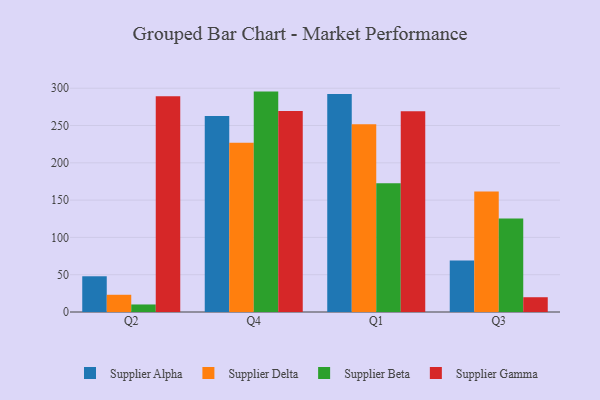
{"axis": {"x": "Quarter", "y": "Gross Profit (USD K)"}, "legend": ["Supplier Alpha", "Supplier Beta", "Supplier Delta", "Supplier Gamma"], "data": [{"x": "Q2", "y": 47.9, "type": "Supplier Alpha"}, {"x": "Q2", "y": 23.1, "type": "Supplier Delta"}, {"x": "Q2", "y": 10.1, "type": "Supplier Beta"}, {"x": "Q2", "y": 289.3, "type": "Supplier Gamma"}, {"x": "Q4", "y": 262.8, "type": "Supplier Alpha"}, {"x": "Q4", "y": 227.0, "type": "Supplier Delta"}, {"x": "Q4", "y": 295.5, "type": "Supplier Beta"}, {"x": "Q4", "y": 269.6, "type": "Supplier Gamma"}, {"x": "Q1", "y": 292.4, "type": "Supplier Alpha"}, {"x": "Q1", "y": 251.6, "type": "Supplier Delta"}, {"x": "Q1", "y": 172.6, "type": "Supplier Beta"}, {"x": "Q1", "y": 269.3, "type": "Supplier Gamma"}, {"x": "Q3", "y": 69.1, "type": "Supplier Alpha"}, {"x": "Q3", "y": 161.4, "type": "Supplier Delta"}, {"x": "Q3", "y": 125.4, "type": "Supplier Beta"}, {"x": "Q3", "y": 19.8, "type": "Supplier Gamma"}]}